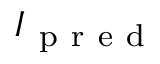
I _ { \mathrm { ~ p ~ r ~ e ~ d ~ } }